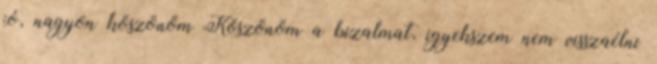
jó, nagyon köszönöm Köszönöm a bizalmat, igyekszem nem visszaélni